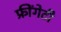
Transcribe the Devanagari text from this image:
फ्रींगेटी